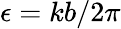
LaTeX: \epsilon=kb/2\pi